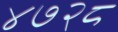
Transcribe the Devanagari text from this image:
४७२८